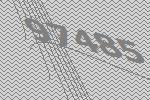
97485